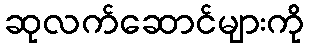
ဆုလက်ဆောင်များကို